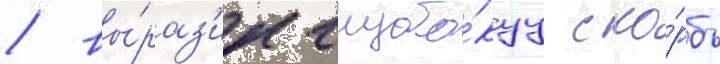
/ вы́раз'ил глубо́куу ско́рбь